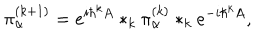
\pi _ { \alpha } ^ { ( k + 1 ) } = e ^ { i \hbar ^ { k } A } * _ { k } \pi _ { \alpha } ^ { ( k ) } * _ { k } e ^ { - i \hbar ^ { k } A } ,